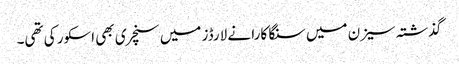
گذشتہ سیزن میں سنگا کارا نے لارڈز میں سنچری بھی اسکور کی تھی۔